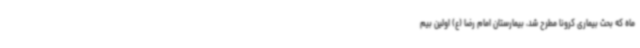
ماه که بحث بیماری کرونا مطرح شد، بیمارستان امام رضا (ع) اولین بیم